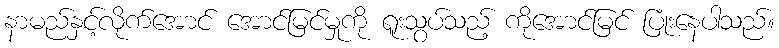
နာမည်နှင့်လိုက်အောင် အောင်မြင်မှုကို ရူးသွပ်သည့် ကိုအောင်မြင် ပြုံးနေပါသည်။